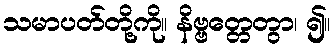
သမာပတ်တို့ကို။ နိဗ္ဗတ္တေတွာ၊ ၍။